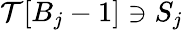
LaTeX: \mathcal{T}[B_{j}-1]\ni S_{j}